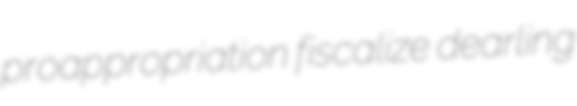
proappropriation fiscalize dearling